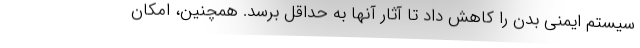
سیستم ایمنی بدن را کاهش داد تا آثار آنها به حداقل برسد. همچنین، امکان